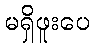
မရှိဖူးပေ